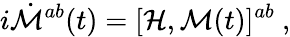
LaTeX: i\dot{\cal M}^{ab}(t)=[{\cal H},{\cal M}(t)]^{ab}\ ,